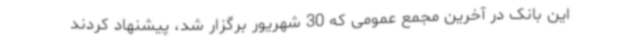
این بانک در آخرین مجمع عمومی که 30 شهریور برگزار شد، پیشنهاد کردند